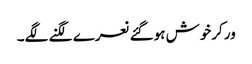
ورکرخوش ہوگئے نعرے لگنے لگے۔